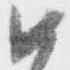
如